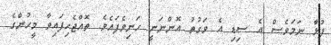
ފުޅާ ނަމަވެސް އެ ސިޑި އެ ވަގުތު އޮންނަނީ ހަނިވެފައެވެ. ތޮއްޖެހިފައިވާ މީހުންގެ